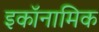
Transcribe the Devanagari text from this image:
इकॉनामिक